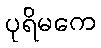
ပုရိမကေ